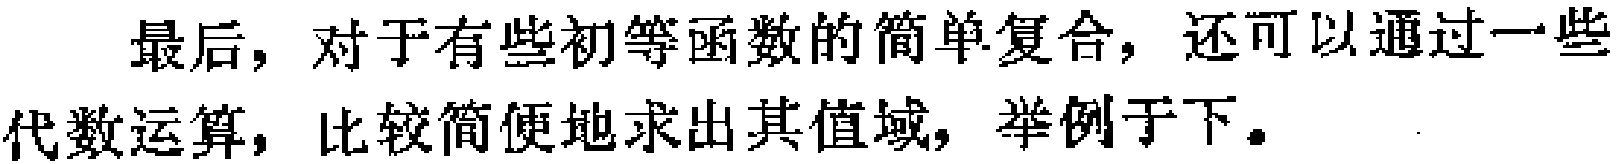
最后，对于有些初等函数的简单复合，还可以通过一些代数运算，比较简便地求出其值域，举例于下。